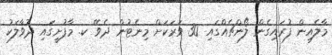
މާލެއިން ފުރައިގެން ލޯންޗެއްގައި 30 ވަރަކަށް މިނެޓުން ދެވޭ ކ. މާފުށީގައި ދުވާލަކު